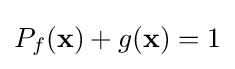
P_{f}(\mathbf {x} )+g(\mathbf {x} )=1